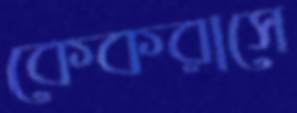
কেকরাসে